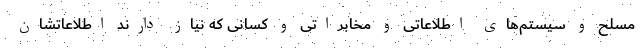
مسلح و سیستم‌های اطلاعاتی و مخابراتی و کسانی که نیاز دارند اطلاعاتشان